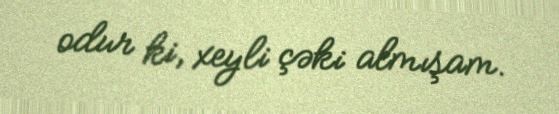
odur ki, xeyli çəki almışam.